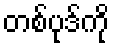
တစ်ပုဒ်ကို